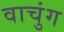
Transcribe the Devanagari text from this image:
वाचुंग